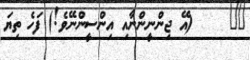
١٨     (އޭ ޖިންނީންނާއި އިންސީންނޭވެ!) ފަހެ ތިޔަ